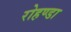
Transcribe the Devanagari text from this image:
रोहण्डा